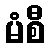
မံစီ